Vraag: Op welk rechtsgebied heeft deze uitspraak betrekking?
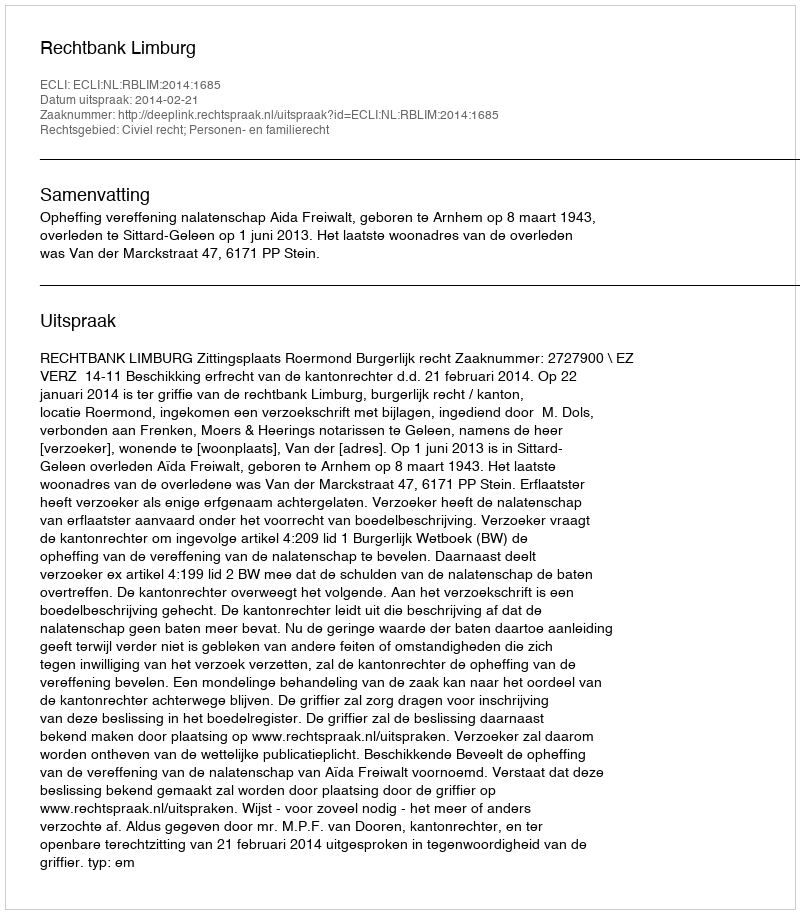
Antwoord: Civiel recht; Personen- en familierecht